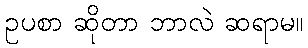
ဥပစာ ဆိုတာ ဘာလဲ ဆရာမ။